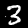
Digit: 3